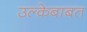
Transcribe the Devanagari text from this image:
उल्केबाबत